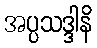
အပ္ပသဒ္ဒါနိ